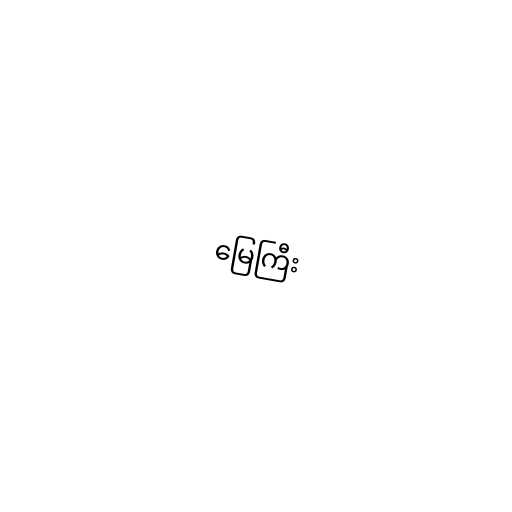
မြေကြီး